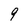
Character: 9